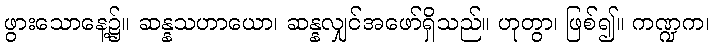
ဖွားသောနေ့၌။ ဆန္နသဟာယော၊ ဆန္နလျှင်အဖော်ရှိသည်။ ဟုတွာ၊ ဖြစ်၍။ ကဏ္ဍက၊